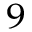
^ 9